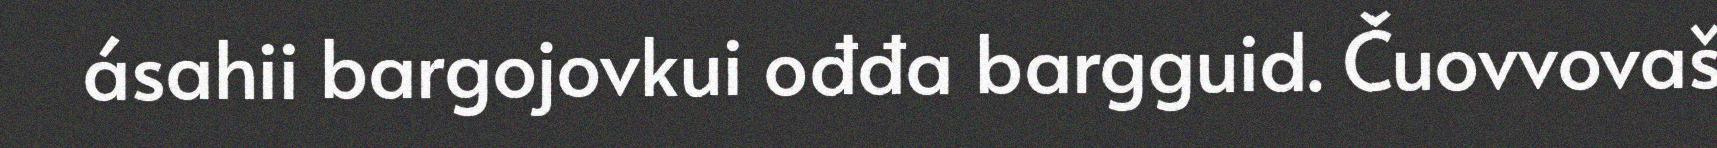
ásahii bargojovkui ođđa bargguid. Čuovvovaš